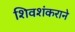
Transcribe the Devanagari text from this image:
शिवशंकराने